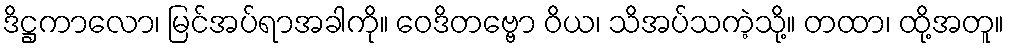
ဒိဋ္ဌကာလော၊ မြင်အပ်ရာအခါကို။ ဝေဒိတဗ္ဗော ဝိယ၊ သိအပ်သကဲ့သို့။ တထာ၊ ထို့အတူ။